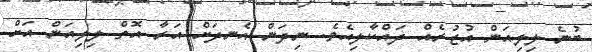
ބުނެ ލިލިއަން އުޒުރެއް ދައްކާލިއެވެ. ނިދަން އެނދަށް އަރާ އޮތް ލިލިއަން އަށް